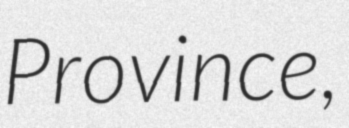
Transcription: Province,